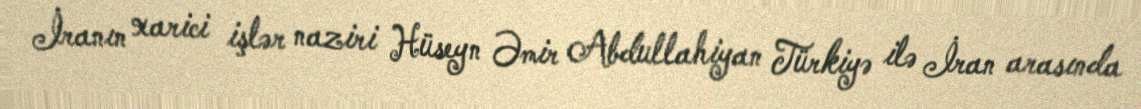
İranın xarici işlər naziri Hüseyn Əmir Abdullahiyan Türkiyə ilə İran arasında